Scottish Leaving Certificate Examination, 1958
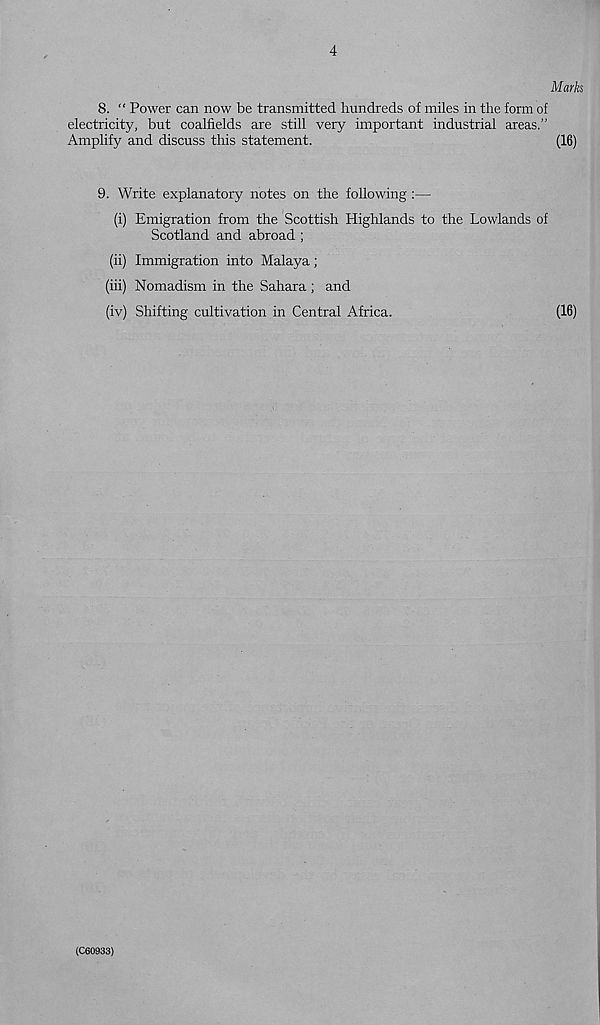
4
Marks
8. “ Power can now be transmitted hundreds of miles in the form of
electricity, but coalfields are still very important industrial areas.”
Amplify and discuss this statement.
(16)
9. Write explanatory notes on the following :—
(i) Emigration from the Scottish Highlands to the Lowlands of
Scotland and abroad ;
(ii) Immigration into Malaya;
(iii) Nomadism in the Sahara ; and
(iv) Shifting cultivation in Central Africa.
(16)
(C60933)